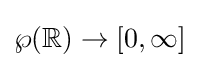
\wp (\mathbb {R} )\to [0,\infty ]